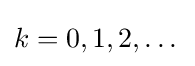
k=0,1,2,\dotsc